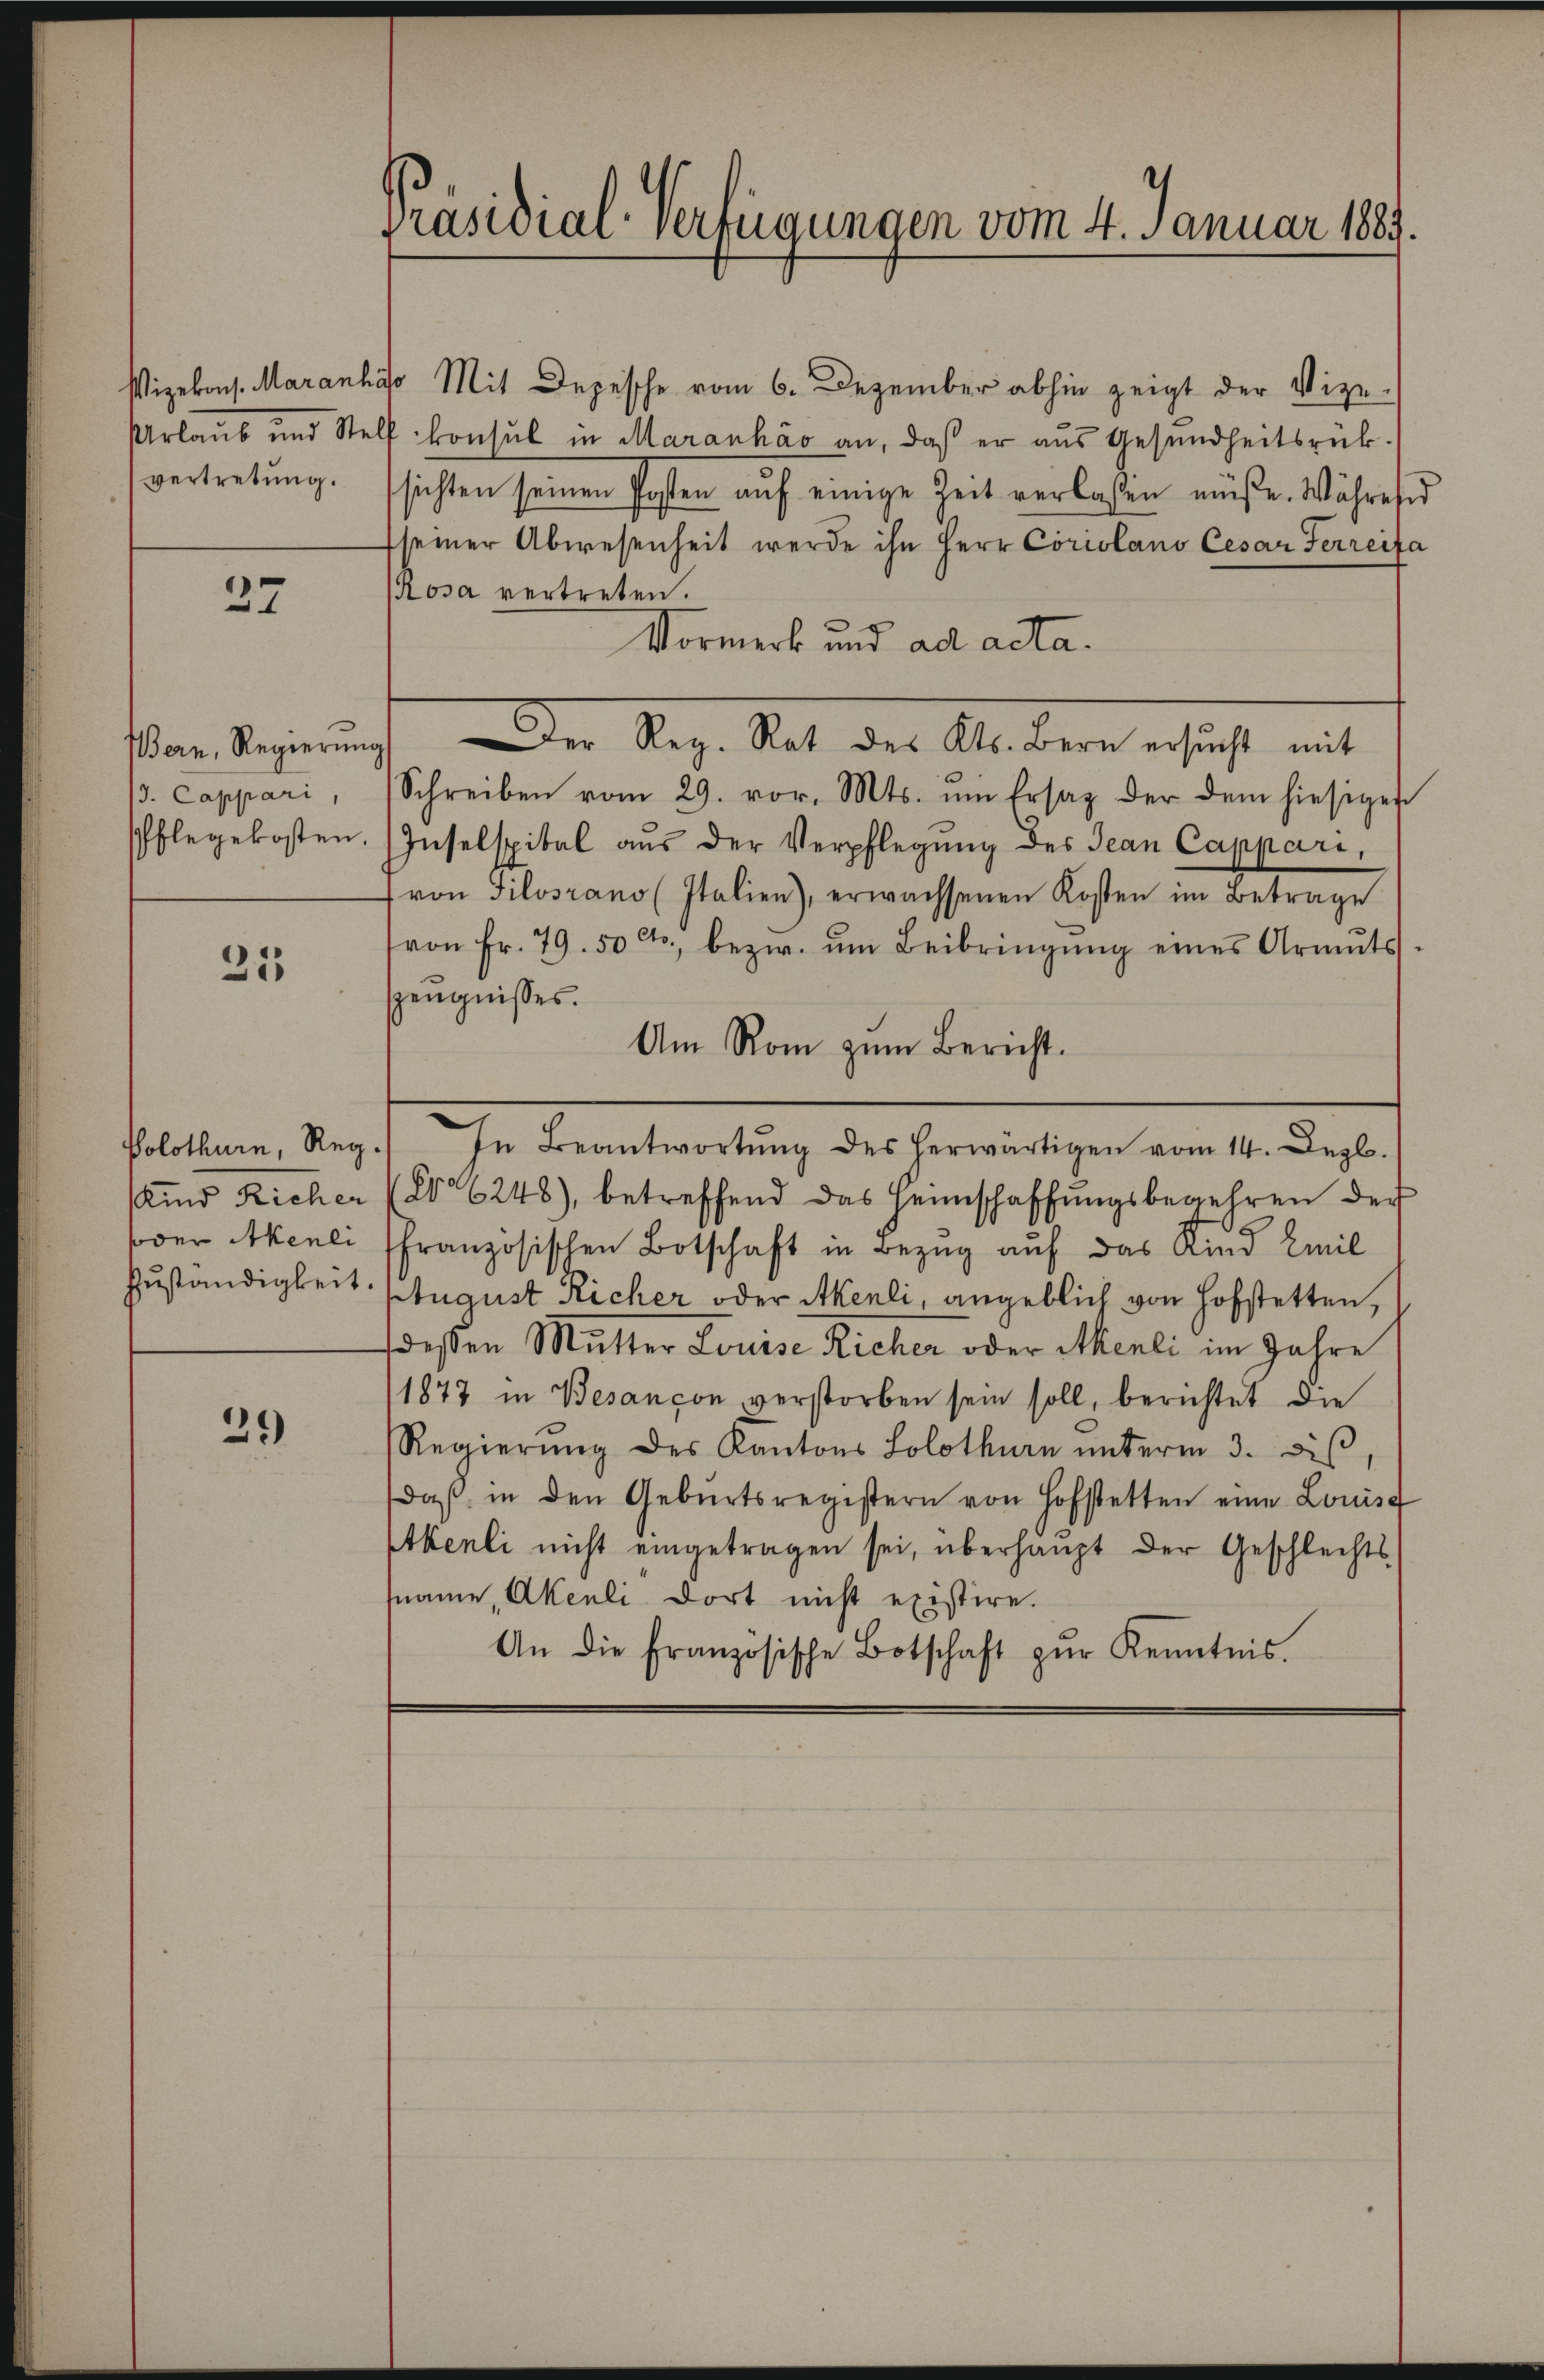
vertretung.

37

13. Cappari,

21

Solothurn, Reg.
soder Akenli

29)

Präsidial-Verfügungen vom 4. Januar 1889.

Vizekons. Maranhas Mit Depesche vom 6. Dezember abhin zeigt der Vize-
Urlaub und Stell konsul in Maranháo an, daß er aus Gesundheitsrück-
sichten seinen Posten aŭf einige Zeit verlassen müße. Währesid
seiner Abwesenheit werde ihn Herr Coriolano Cesar Ferreita
Rosa vertreten.
Vormerk und ad acta.
Schreiben vom 29. vor. Mts. um Ersaz der dem hiesiger
Pflegekosten. Inselspital aŭs der Verpflegŭng des Jean Capparivon Tilosrano (Italien), erwachsenen Kosten im Betrage
von Fr. 79. 50 cts., bezw. ŭm Beibringŭng eines Armuts.
Zeugnisses.
Am Rom zum Bericht.
In Beantwortŭng des herwärtigen vom 14. Dezb.
Kind Richer (2° 6248), betreffend das Heimschaffŭngsbegehren der
ffranzösischen Botschaft in Bezug auf das Kind Emil
Zuständigkeit August Richer oder Akerli, angeblich von Hofstetten,
deßen Mutter Louise Richer oder Menti im Jahre
1877 in Besançon, verstorben sein soll, berichtet die
Regierŭng des Kantons Solothurn ŭnterm 3. diβ
daβ in den Gebŭrtsregistern von Hofstetten eine Louis
Etkenti nicht eingetragen sei, überhaupt der Geschlechts-
sname, Akeuli dort nicht existire.
An die französische Botschaft zŭr Kenntnis.

Vom Regierung der Reg. Rat der Abendere schicht mit